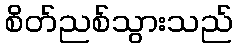
စိတ်ညစ်သွားသည်